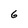
Character: 6